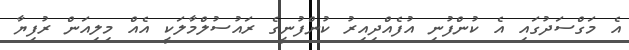
އެ މަގްސަދުގައި އެ ކުންފުނި އުފެއްދިއިރު ކުންފުނީގެ ރައުސުލްމާލަކީ އެއް މިލިއަން ރުފިޔާ